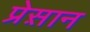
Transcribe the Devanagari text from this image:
प्रेस़ान